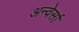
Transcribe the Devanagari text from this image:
अन्वेर्सा